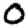
Digit: 0